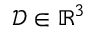
\mathcal { D } \in \mathbb { R } ^ { 3 }